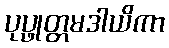
ပုပ္ဖုတ္တမဒါယိကာ